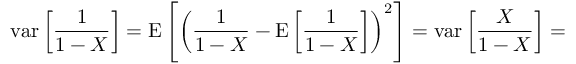
\operatorname { v a r } \left[ { \frac { 1 } { 1 - X } } \right] = \operatorname { E } \left[ \left( { \frac { 1 } { 1 - X } } - \operatorname { E } \left[ { \frac { 1 } { 1 - X } } \right] \right) ^ { 2 } \right] = \operatorname { v a r } \left[ { \frac { X } { 1 - X } } \right] =